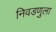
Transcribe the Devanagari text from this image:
निवडणुला